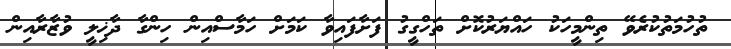
ތުހުމަތުކުރެވޭ ތިންމީހަކު ހައްޔަރުކޮށް ތަހްގީގު ފަށާފައިވާ ކަމަށް ހަމާސްއިން ހިންގާ ދާޚިލީ ވުޒާރާއިން